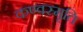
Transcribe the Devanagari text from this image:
कण्वस्मृति